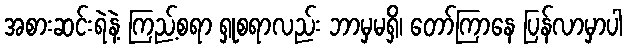
အစားဆင်းရဲနဲ့ ကြည့်စရာ ရှုစရာလည်း ဘာမှမရှိ၊ တော်ကြာနေ ပြန်လာမှာပါ